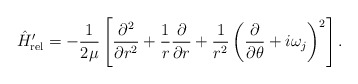
\begin{align*}\hat H_{\rm rel}^\prime =-\frac{1}{2\mu}\left[\frac{\partial^2}{\partial r^2}+\frac{1}{r}\frac{\partial}{\partial r}+\frac{1}{r^2}\left(\frac{\partial}{\partial \theta}+i\omega_j\right)^2\right].\end{align*}